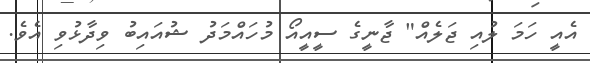
އެއީ ހަމަ ލުއި ޖަލެއް" ޖާނީގެ ސީއީއޯ މުހައްމަދު ޝުއައިބު ވިދާޅުވި އެވެ.